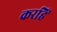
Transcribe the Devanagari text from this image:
करहिं